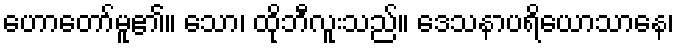
ဟောတော်မူ၏။ သော၊ ထိုဘီလူးသည်။ ဒေသနာပရိယောသာနေ၊